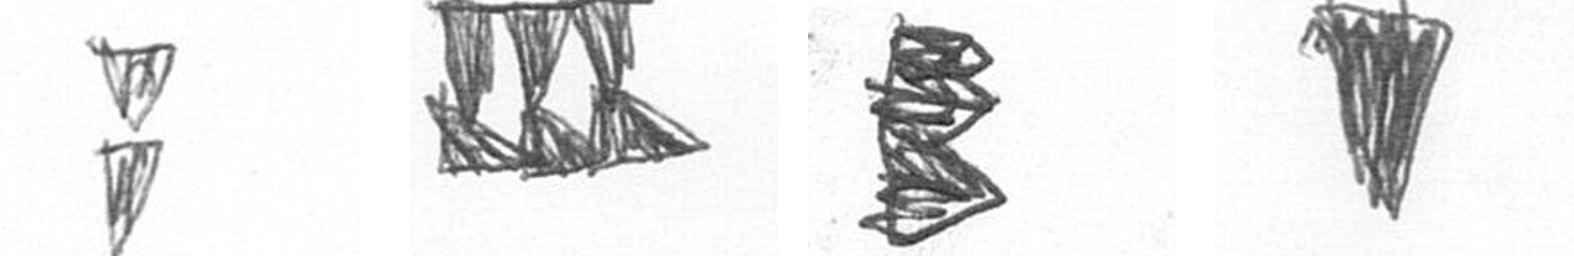
Z D H J